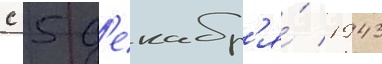
с 5 д'екабр'я́ 1943